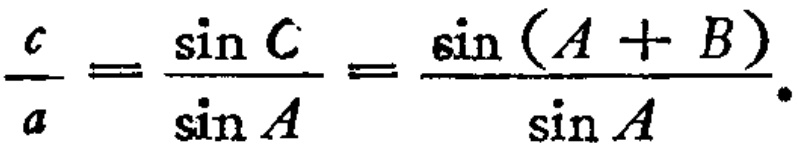
$\frac{c}{a}=\frac{\sin C}{\sin A}=\frac{\sin (A + B)}{\sin A}.$